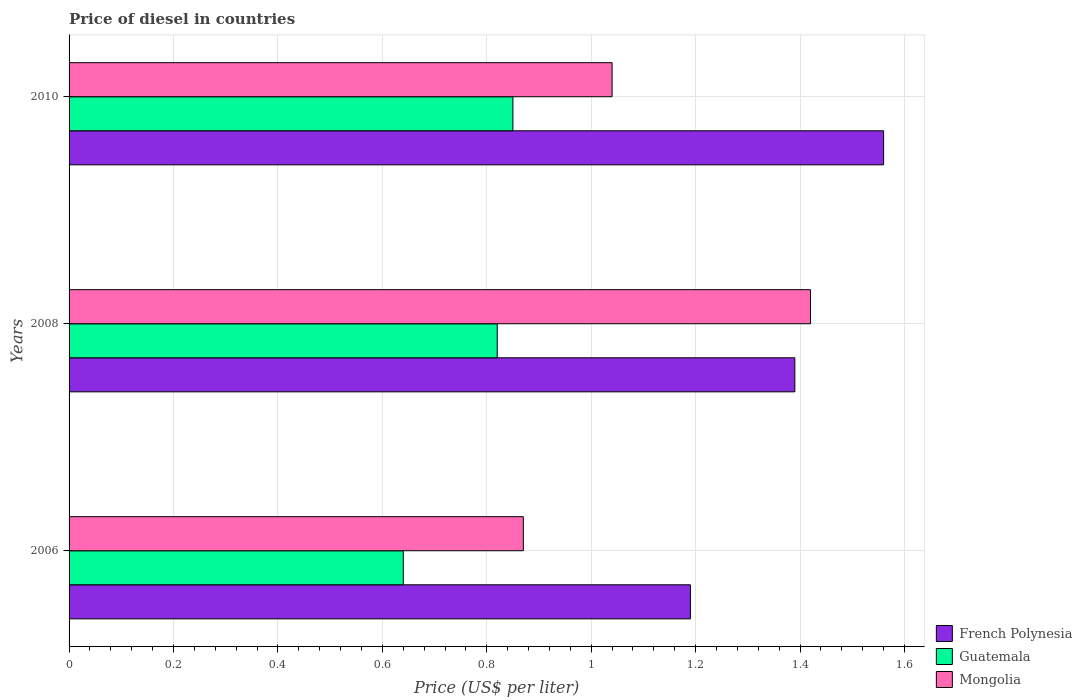
| Years | French Polynesia | Guatemala | Mongolia |
 | --- | --- | --- | --- |
 | 2006 | 1.19 | 0.64 | 0.87 |
 | 2008 | 1.39 | 0.82 | 1.42 |
 | 2010 | 1.56 | 0.85 | 1.04 |